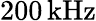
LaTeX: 200\, \mathrm{kHz}